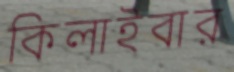
কিলাইবার